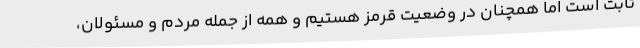
ثابت است اما همچنان در وضعیت قرمز هستیم و همه از جمله مردم و مسئولان،